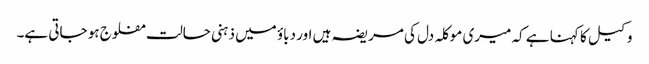
وکیل کا کہنا ہے کہ میری موکلہ دل کی مریضہ ہیں اور دباؤ میں ذہنی حالت مفلوج ہو جاتی ہے۔